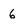
Character: 6